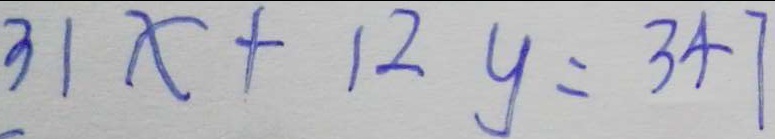
3 1 x + 2 1 y = 3 4 7